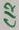
Text: C12